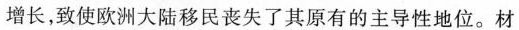
增长，致使欧洲大陆移民丧失了其原有的主导性地位。材